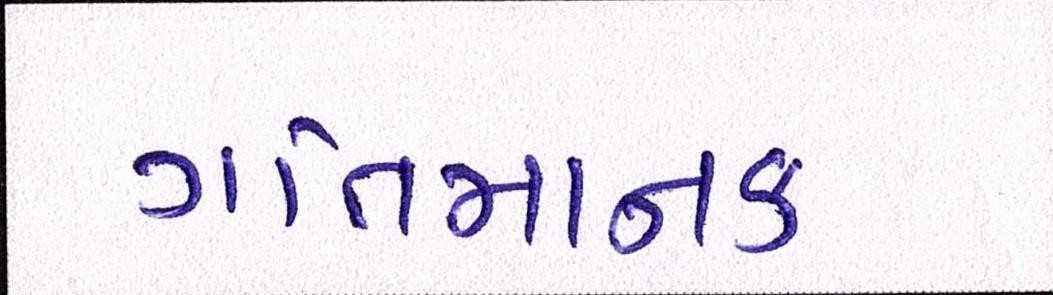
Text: ગતિમાનક